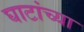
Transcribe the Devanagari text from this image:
घाटांच्या